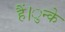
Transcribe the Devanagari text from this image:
हैं।ुन्के